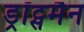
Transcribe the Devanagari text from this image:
ड्रॉट्समैन